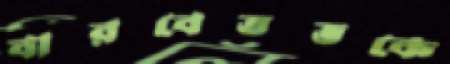
বারবেতভকে